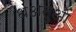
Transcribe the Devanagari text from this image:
धअतुओ